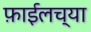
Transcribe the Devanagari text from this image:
फ़ाईलच्या